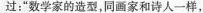
过：”数学家的造型，同画家和诗人一样，